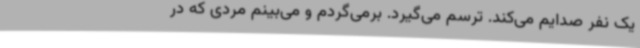
یک نفر صدایم می‌کند. ترسم می‌گیرد. برمی‌گردم و می‌بینم مردی که در